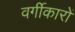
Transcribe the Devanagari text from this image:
वर्गीकारों